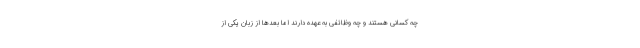
چه کسانی هستند و چه وظائفی به عهده دارند اما بعدها از زبان یکی از